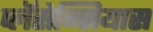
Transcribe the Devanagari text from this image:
प्लॅसेन्सियास